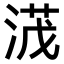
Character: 𣸻